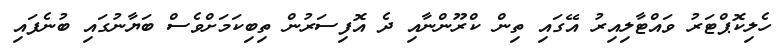
ހެލިކޮޕްޓަރު ވައްޓާލިއިރު އޭގައި ތިން ކްރޫންނާއި ދެ އޮފިސަރުން ތިބިކަމަށްވެސް ބަޔާނުގައި ބުނެފައި